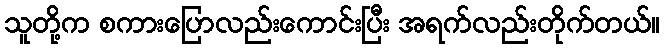
သူတို့က စကားပြောလည်းကောင်းပြီး အရက်လည်းတိုက်တယ်။